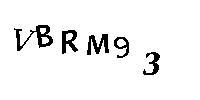
VBRM93